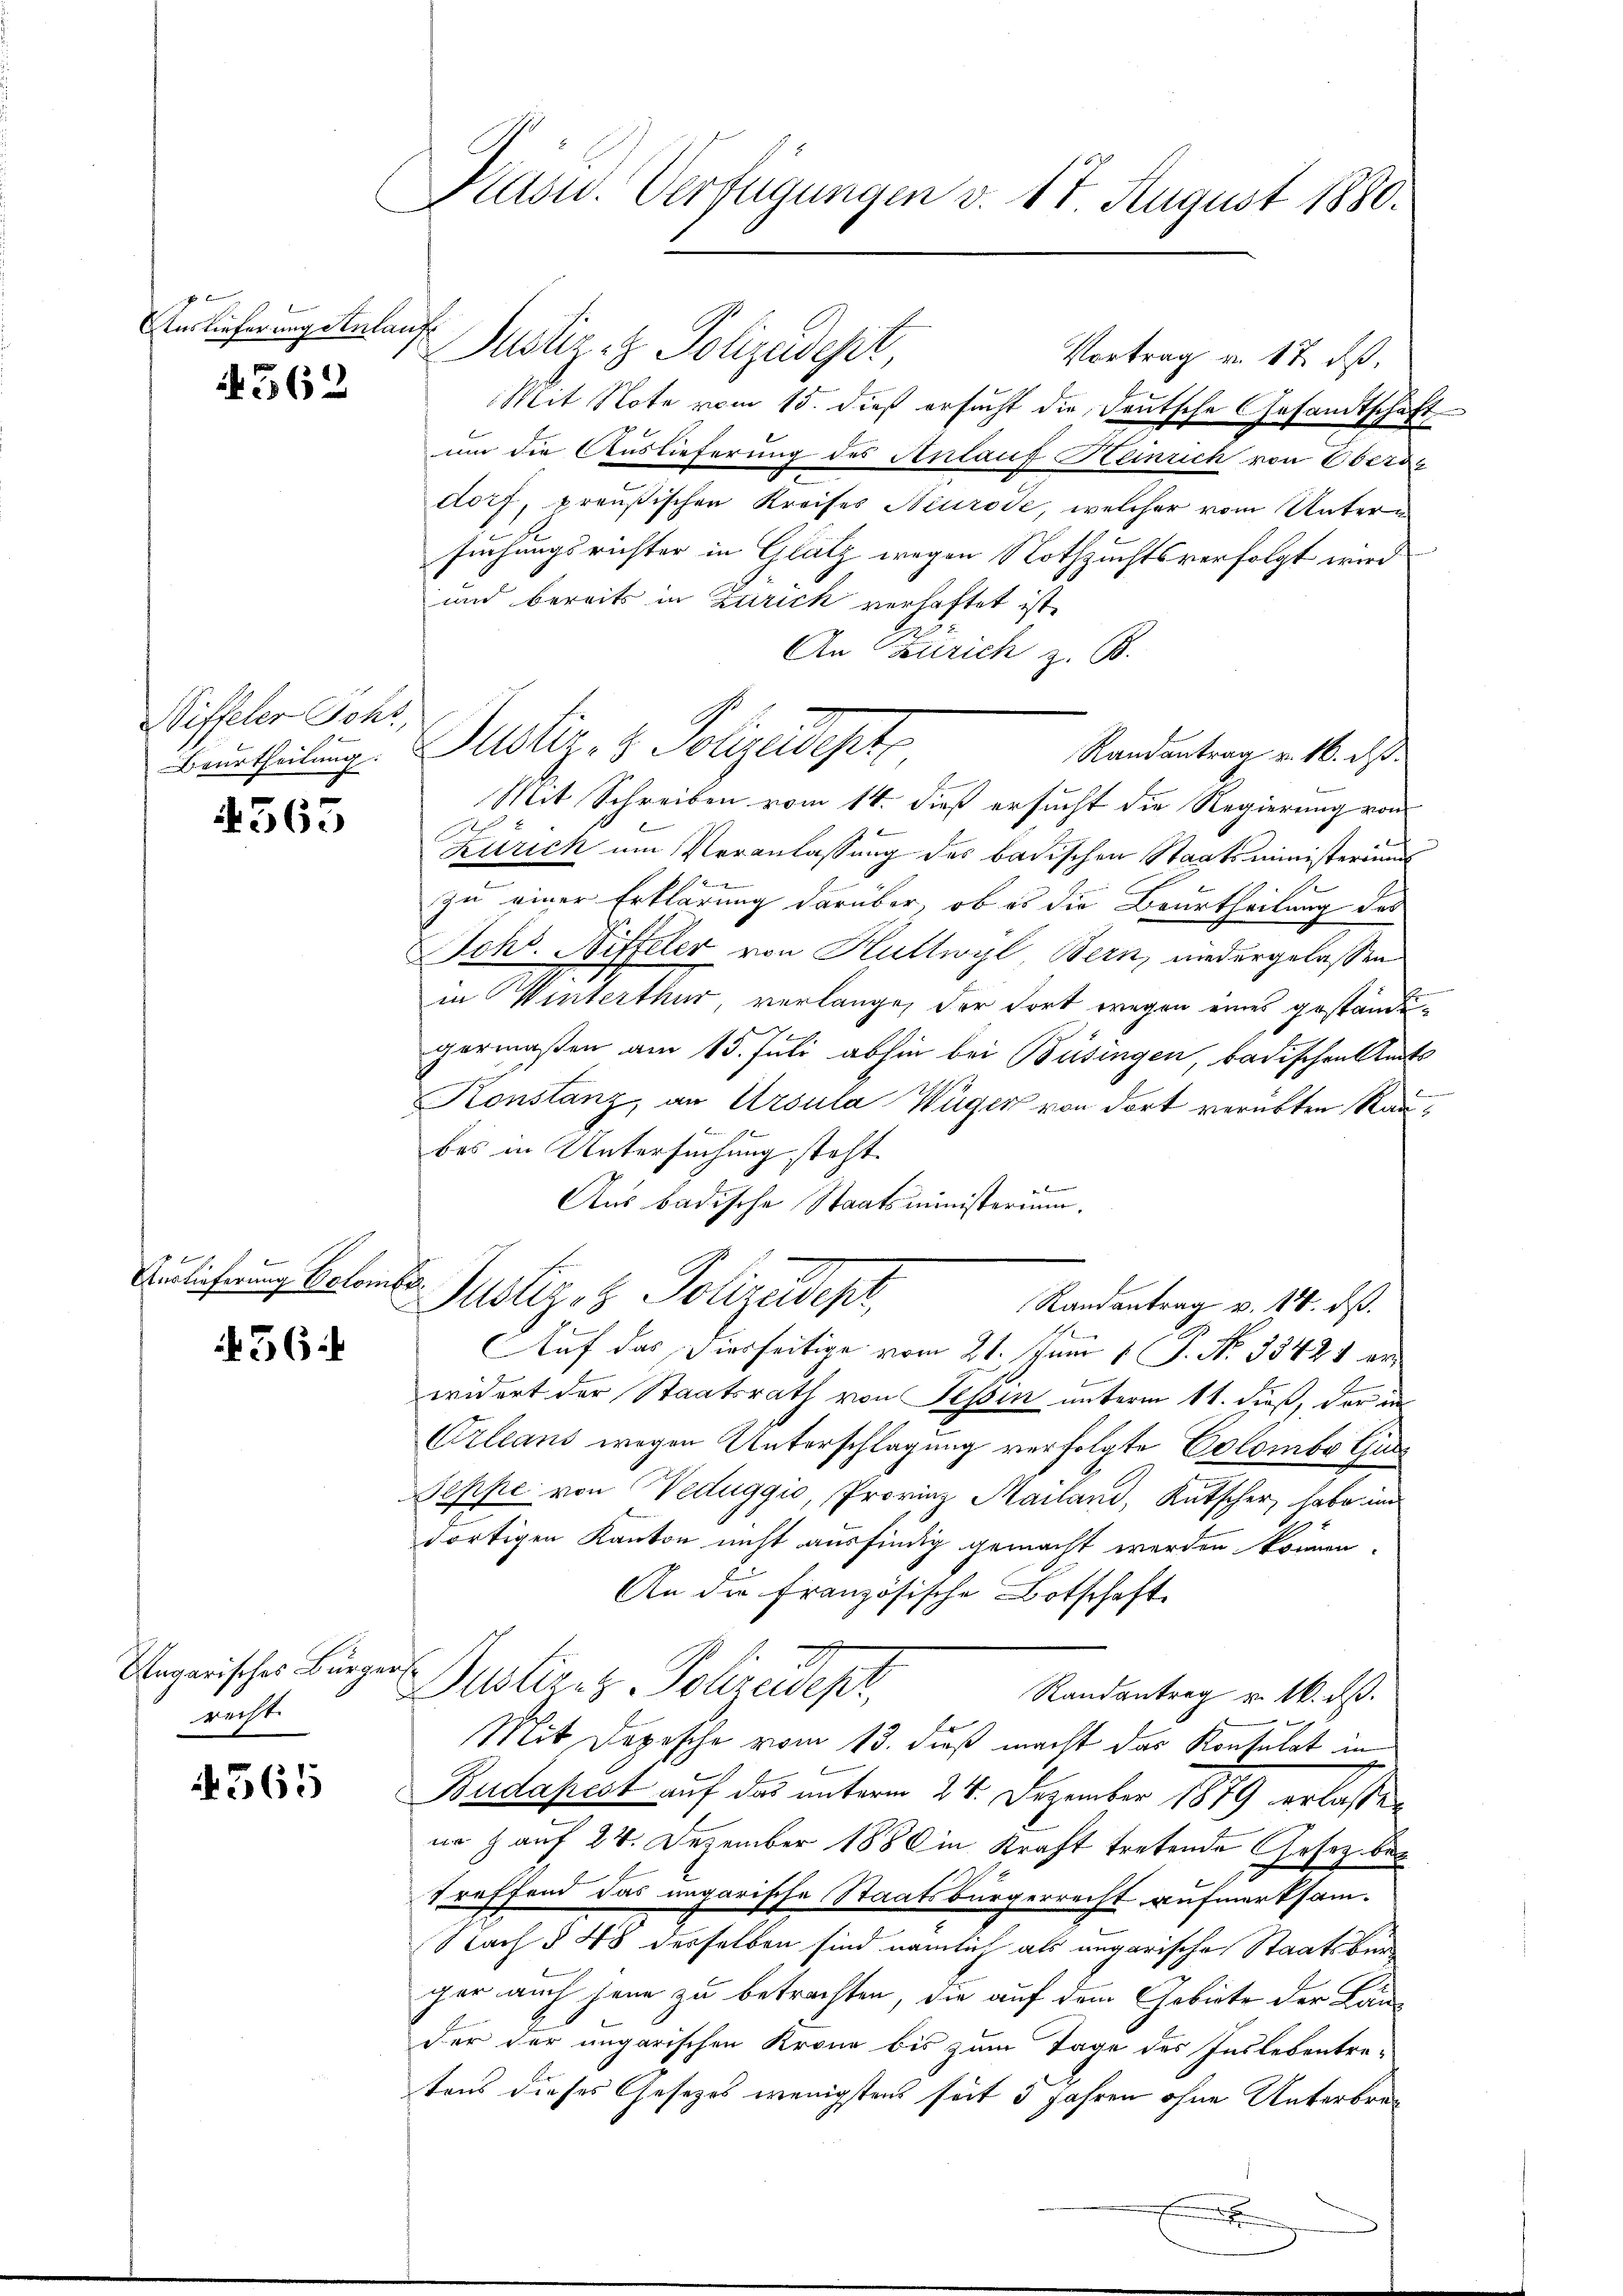
Auslieferung Anlauf
 562

Siffeler Johr,
Beurtheilung:

4565

Auslieferung beton

56:

Ungarisches Bürge
recht

565

Präsid. Verfügungen d. 17. August 1880.

Justiz- & Polizeidept,
Mit Note vom 15. dieß ersucht die deutsche Gesandtschaft
um die Auslieferung des Anlauf Heinrich von Oberag
dorf, preußischen Kreises Neurode, welcher vom Untersuchungsrichter in Glatz wegen Nothzuchtsverfolgt wird
und bereits in Zürich verhaftet ist.
G
An Zürich z. B.
Mit Schreiben vom 14. dieß ersucht die Regierung von
b
Zürich um Veranlassung des badischen Staatsministeriums
1
zu einer Erklärung darüber, ob es die Beurtheilung des
Johs. Nitteler von Huttwyl Bern, niedergelassen
in Winterthur verlange, der dort wegen eines gestande
8
germaßen am 13. Juli abhin bei Büsingen, badischen Amts
Konstanz, an Ursula Wüger von dort verübten Raubes in Untersuchung steht.

Aus badische Staatsministerium.
.
Justiz & Polizeidepr
Randantrag v. 18. ds.
.
Auf das hierseitige vom 21. Juni 1 P. No. 33421 er
widert der Staatsrath von Tessin unterm 11. dieß, der in
Orleans wegen Unterschlagung verfolgte Colombe Gu¬
Seppe von Weduggio, Provinz Mailand, Kutscher, habe im
dortigen Kanton nicht ausfindig gemacht werden können.
An die französische Botschaft
aff
Dustiz -Polizeidepr
Randantrag u. 16. ds.
Mit Depesche vom 13. daß macht das Konsulat in
Budapest auf das unterm 24. Dezember 1879 erlassen
nr z auf 24. Dezember 1888 in Kraft tretende Gesetz bet
treffend das ungarische Staatsbürgerrecht aufmerksam¬
Nach § 48 desselben sind nämlich als angarische Staatsbürger auch jene zu betrachten, die auf dem Gebiete der Lander der ungarischen Krone bis zum Tage des Inslebentre-
tens dieses Gesetzes wenigstens seit 3 Jahren ohne Unterbre¬
E

Justiz- & Polizeidigte
Randantrag v. 16. ds.

Vortrag v. 17. ds.

¬